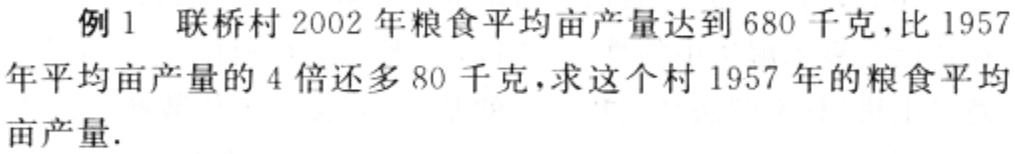
例1 联桥村2002年粮食平均亩产量达到680千克，比1957年平均亩产量的4倍还多80千克，求这个村1957年的粮食平均亩产量.